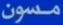
مسون